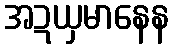
အဍယှမာနေန